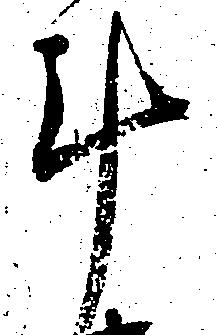
斗